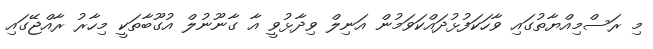
މި ރަސްމިއްޔާތުގައި ވާހަކަފުޅުދައްކަވަމުން އަނިލް ވިދާޅުވީ އާ ގާނޫނުލް އުގޫބާތަކީ މިހާރު ރާއްޖޭގައި